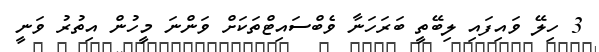
3 ހިލޭ ވައިފައި ލިބޭތީ ބަރަހަނާ ވެބްސައިޓްތަކަށް ވަންނަ މީހުން އިތުރު ވަނީ